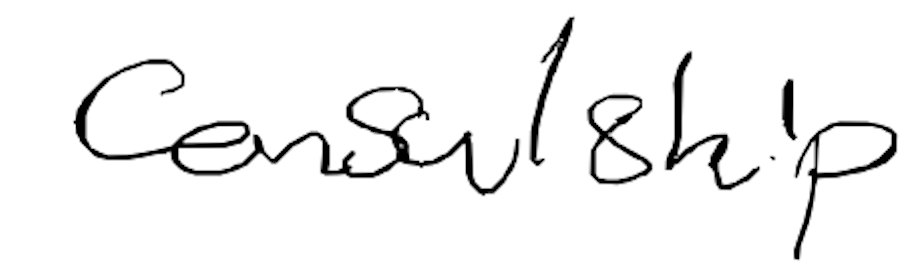
Text: consulship
Cross-out: clean
Writing tool: digital_black